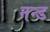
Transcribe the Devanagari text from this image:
नन्ड